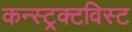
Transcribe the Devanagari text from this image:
कन्स्ट्रक्टविस्ट